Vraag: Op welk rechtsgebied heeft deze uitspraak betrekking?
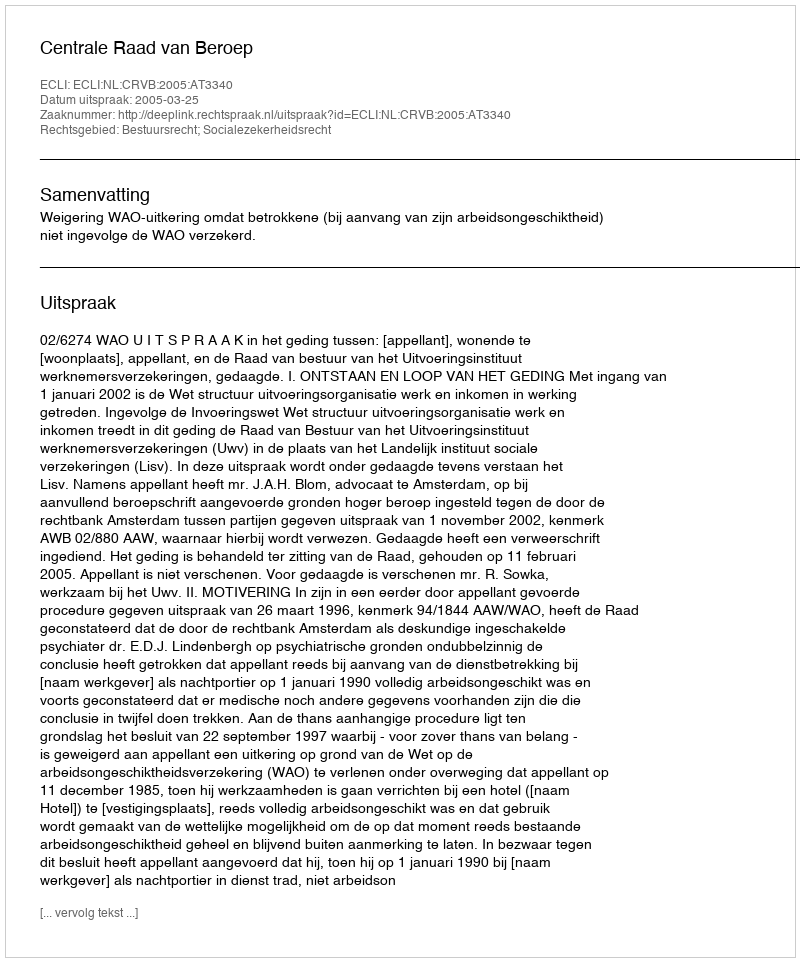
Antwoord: Bestuursrecht; Socialezekerheidsrecht